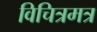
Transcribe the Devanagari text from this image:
विचित्रमत्र